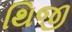
થિજી